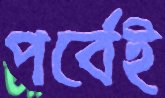
পর্বেই